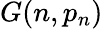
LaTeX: G(n,p_{n})